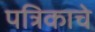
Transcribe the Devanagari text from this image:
पत्रिकाचे